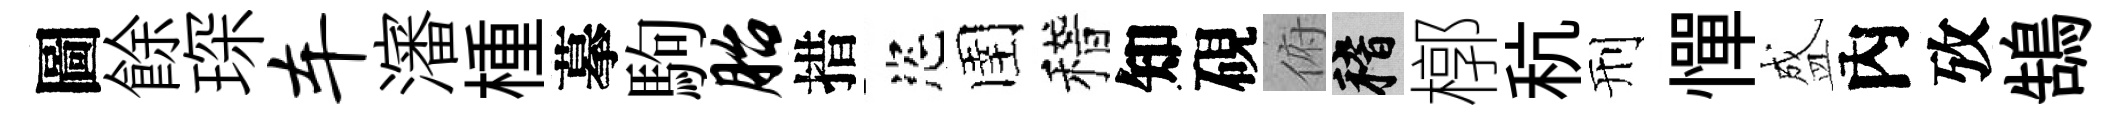
圖餘琛车瀋㮔摹駒胎措恣圉稽知硯俯稽槨秔刑憚盛內攷鵠